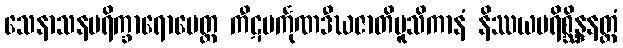
သေနာသနပရိက္ခာရောပေတ္ထ ကီဋမင်္ကုဏဒီဃဇာတိမူသိကာနံ နိဿယပရိစ္ဆိန္ဒနတ္ထံ